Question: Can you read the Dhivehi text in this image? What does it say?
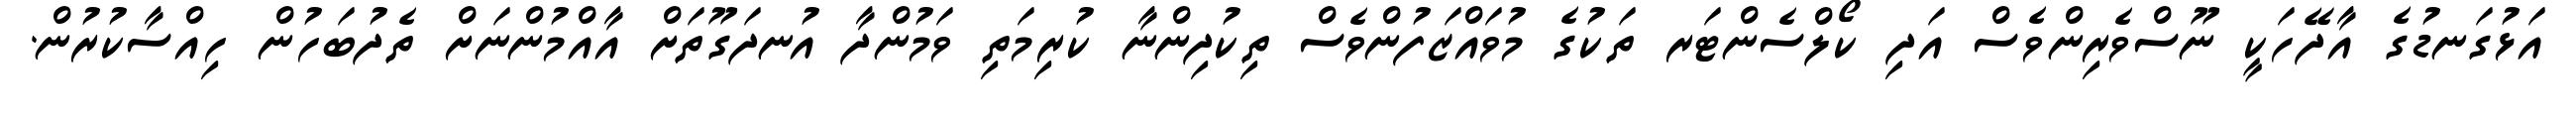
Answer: އަޅުގަނޑުގެ އާދޭހަކީ ނޫސްވެރިންވެސް އަދި ކޯލްސެންޓަރ ތަކުގެ މުވައްޒަފުންވެސް ތިކުދިންނާ ކުރިމަތި ވަމުންދާ އުނދަގޫތަށް އާއްމުންނަށް ތެދުބަހުން ހިއްސާކުރުން.